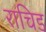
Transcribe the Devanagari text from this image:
राचिड